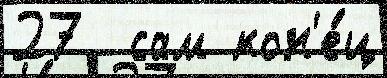
27  сам кон'е́ц